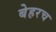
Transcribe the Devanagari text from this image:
बेहरच